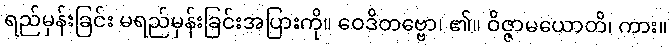
ရည်မှန်းခြင်း မရည်မှန်းခြင်းအပြားကို။ ဝေဒိတဗ္ဗော၊ ၏။ ဝိဇ္ဇာမယောတိ၊ ကား။